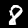
Digit: 8